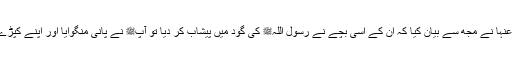
عبید اللہ نے کہا کہ اُمّ قیس رضی اللہ عنہا نے مجھ سے بیان کیا کہ ان کے اسی بچے نے رسول اللہﷺ کی گود میں پیشاب کر دیا تو آپﷺ نے پانی منگوایا اور اپنے کپڑے پر چھڑک دیا اور اس کو دھویا نہیں۔